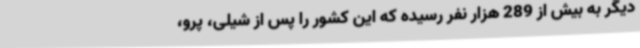
دیگر به بیش از 289 هزار نفر رسیده که این کشور را پس از شیلی، پرو،